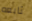
تابعه